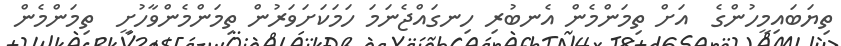
ތިޔަބައިމީހުންގެ  އަށް ތިމަންމެން އެނބުރި ހިނގައްޖެނަމަ ހަމަކަށަވަރުން ތިމަންމެންވާހުށީ  ތިމަންމެން